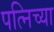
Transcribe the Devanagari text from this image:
पत्निच्या